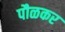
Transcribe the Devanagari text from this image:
पौळकर